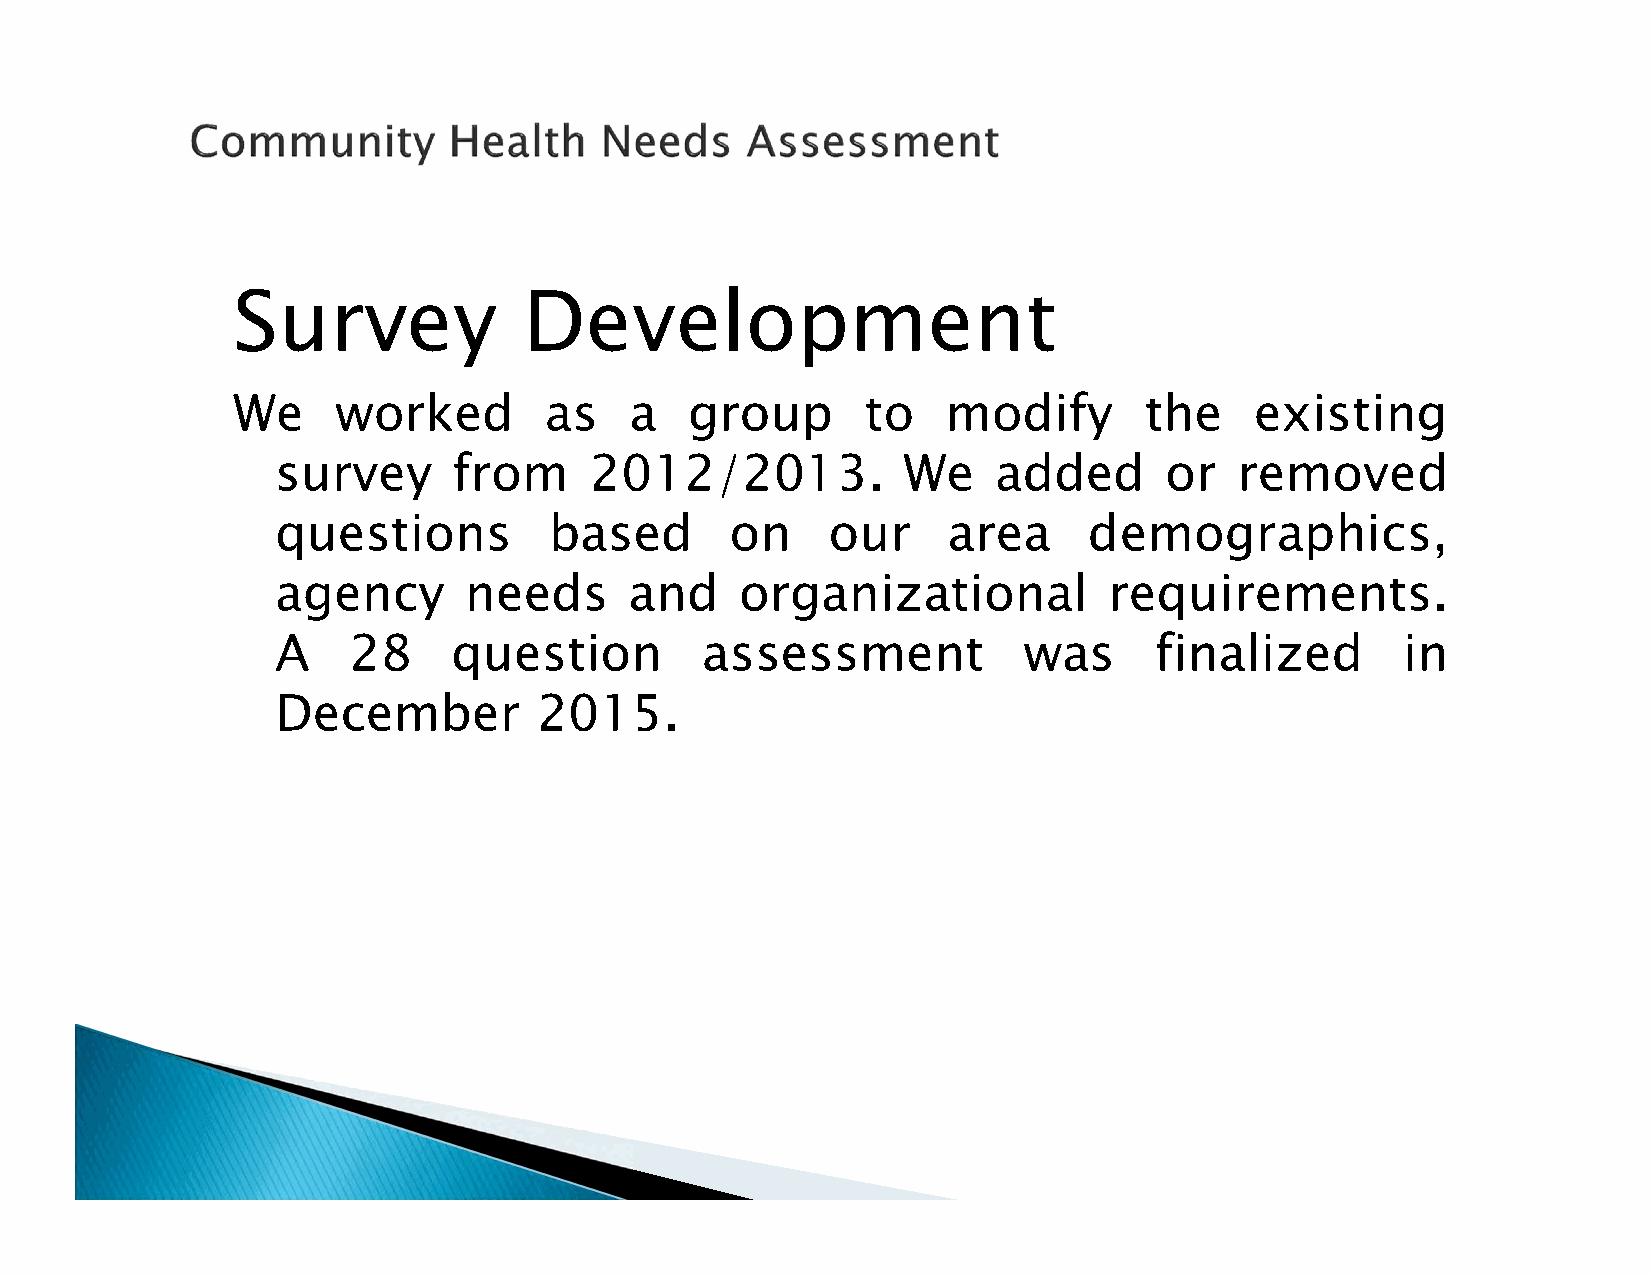
Survey              Development
 We     worked        as    a   group      to    modify       the    existing
 survey      from     2012/2013.           We    added      or   removed
 questions         based       on     our     area     demographics,
 agency       needs      and    organizational          requirements.
 A    28     question        assessment            was     finalized        in
 December          2015.